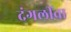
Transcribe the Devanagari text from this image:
दंगलींचा